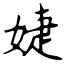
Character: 婕